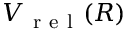
V _ { \mathrm { ~ r ~ e ~ l ~ } } ( R )